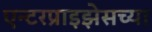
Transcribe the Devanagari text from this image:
एन्टरप्राइझेसच्या